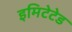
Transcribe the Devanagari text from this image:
इमिटेटेड